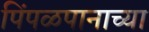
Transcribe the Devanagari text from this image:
पिंपळपानाच्या